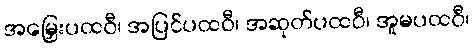
အမြှေးပထဝီ၊ အပြင်ပထဝီ၊ အဆုတ်ပထဝီ၊ အူမပထဝီ၊